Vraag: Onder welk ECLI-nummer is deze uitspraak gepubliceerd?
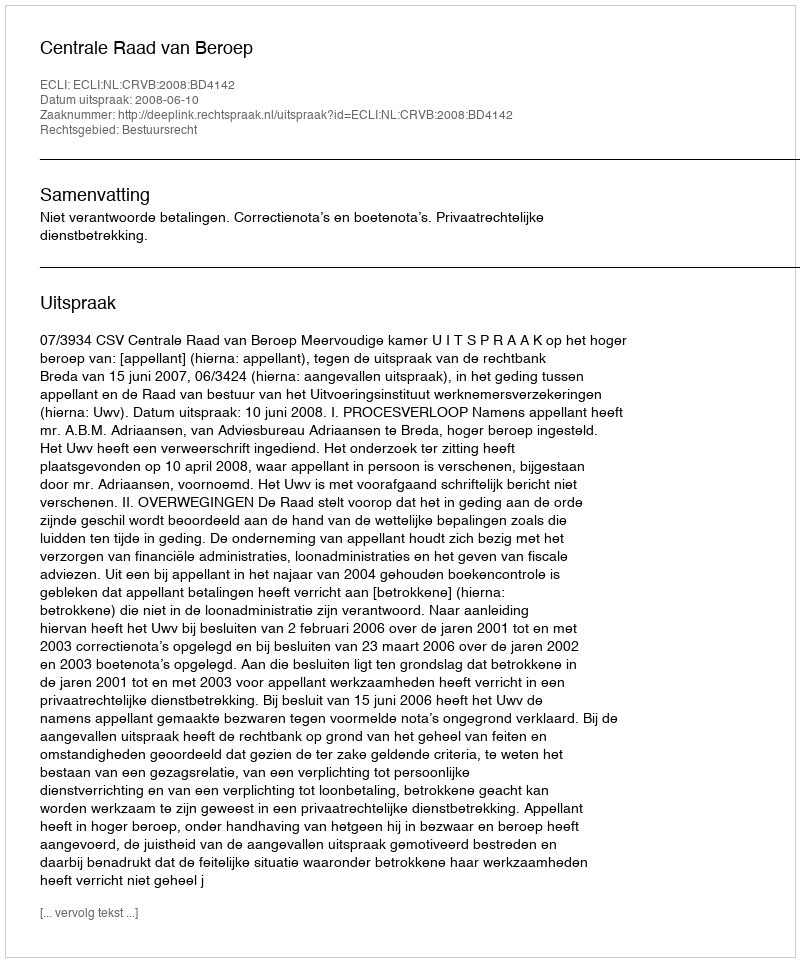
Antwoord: ECLI:NL:CRVB:2008:BD4142